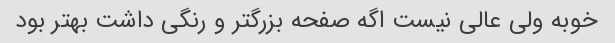
خوبه ولی عالی نیست اگه صفحه بزرگتر و رنگی داشت بهتر بود